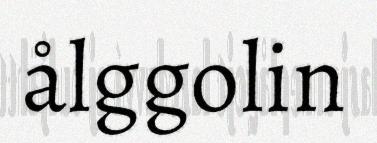
ålggolin